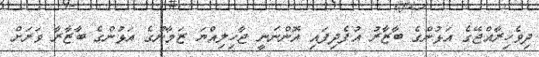
ދިވެހިރާއްޖޭގެ އަޅުންގެ ބާޒާރު އުފެދިފައި އޮންނަނީ ޖާހިލިއްޔަ ޒަމާނުގެ އަޅުންގެ ބާޒާރާ ވަރަށް